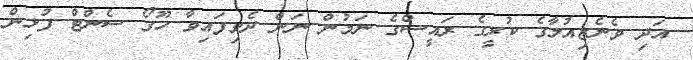
އަދި ވެނެޒިއުލާގެ ކުރީގެ ރައީސްގެ ނަމުން ނަން ދެވިފައިވާ ހޫގޯ ސެންޓް ފުޅިން